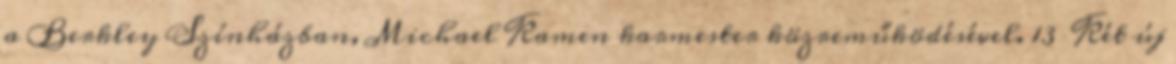
a Berkley Színházban, Michael Kamen karmester közreműködésével. 13 Két új